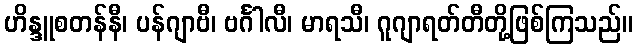
ဟိန္ဒူစတန်နီ၊ ပန်ဂျာဗီ၊ ဗင်္ဂါလီ၊ မာရသီ၊ ဂူဂျာရတ်တီတို့ဖြစ်ကြသည်။